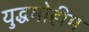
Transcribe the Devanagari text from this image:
युद्धमोहीम